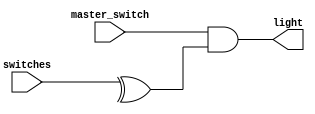
module street_light_controller(light, switches, master_switch);

output light;
input [2:0] switches;
input master_switch;

assign light = master_switch & ^switches;

endmodule